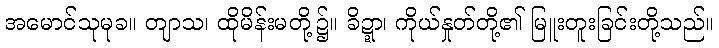
အမောင်သုမုခ။ တျာသ၊ ထိုမိန်းမတို့၌။ ခိဍ္ဍာ၊ ကိုယ်နှုတ်တို့၏ မြူးတူးခြင်းတို့သည်။